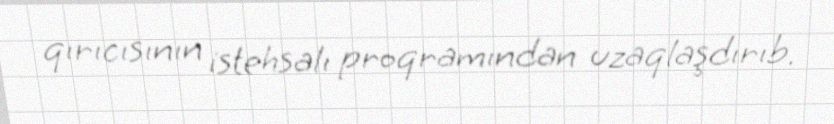
qırıcısının istehsalı proqramından uzaqlaşdırıb.